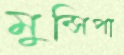
মুন্সিপা